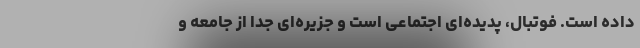
داده است. فوتبال، پدیده‌ای اجتماعی است و جزیره‌ای جدا از جامعه و